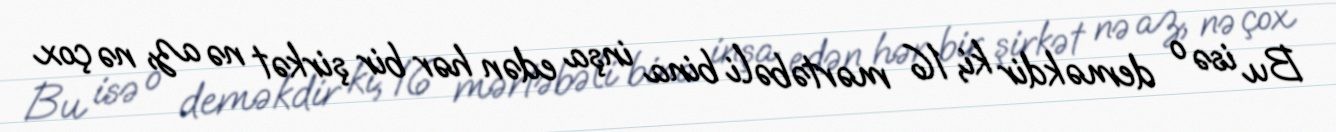
Bu isə o deməkdir ki, 16 mərtəbəli bina inşa edən hər bir şirkət nə az, nə çox